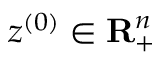
z ^ { ( 0 ) } \in \mathbf { R } _ { + } ^ { n }